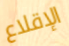
الإقلاع